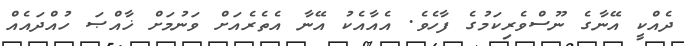
ދެއްކީ އޭނާގެ ނޫސްވެރިކަމުގެ ފާހެވެ. އެއާއެކު އޭނާ އެތެރެއަށް ވަނުމަށް ޚާއްޞަ ހުއްދައެއް